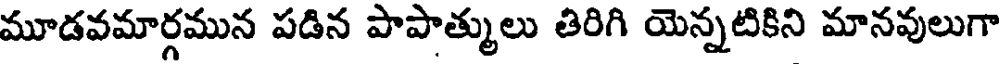
మూడవమార్గమున పడిన పాపాత్ములు తిరిగి యెన్నటికిని మానవులుగా